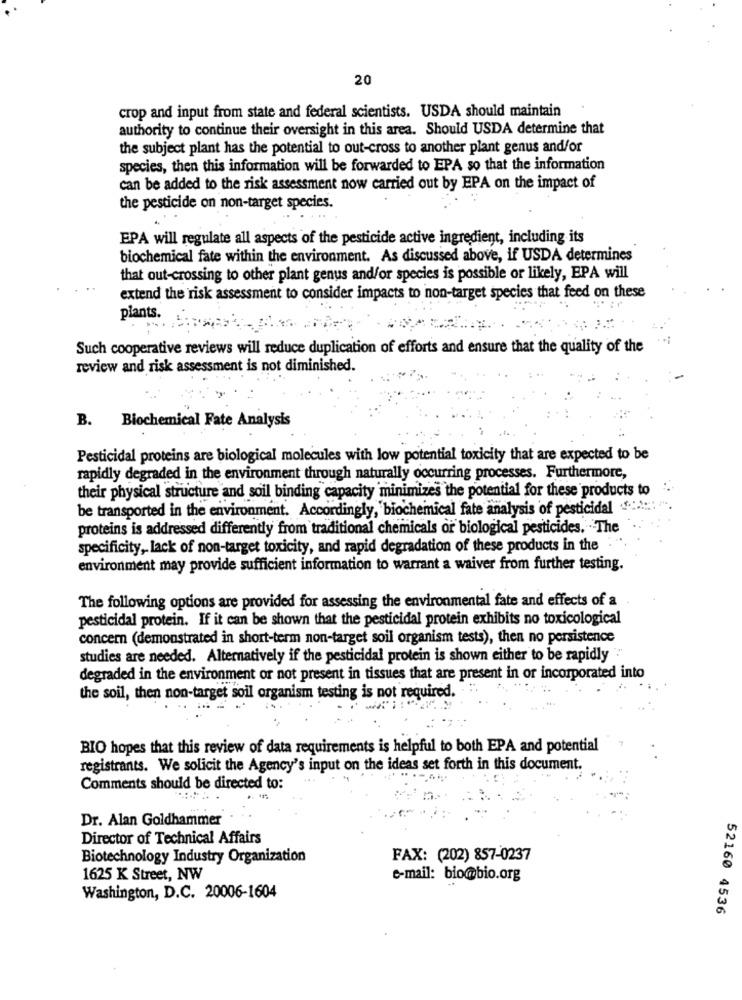
20
crop and input from state and federal scientists. USDA should maintain
authority to continue their oversight in this area. Should USDA determine that
the subject plant has the potential to out-cross to another plant genus and/or
species, then this information will be forwarded to EPA so that the information
can be added to the risk assessment now carried out by EPA on the impact of
the pesticide on non-target species.
EPA will regulate all aspects of the pesticide active ingredient, including its
biochemical fate within the environment. As discussed above, if USDA determines
that out-crossing to other plant genus and/or species is possible or likely, EPA will
extend the risk assessment to consider impacts to non-target species that feed on these
plants.
Such cooperative reviews will reduce duplication of efforts and ensure that the quality of the
review and risk assessment is not diminished.
B. Biochemical Fate Analysis
Pesticidal proteins are biological molecules with low potential toxicity that are expected to be
rapidly degraded in the environment through naturally occurring processes. Furthermore,
their physical structure and soil binding capacity minimizes the potential for these products to
be transported in the environment. Accordingly, biochemical fate analysis of pesticidal ......::: "".
proteins is addressed differently from traditional chemicals or biological pesticides. The
specificity, lack of non-target toxicity, and rapid degradation of these products in the ."
environment may provide sufficient information to warrant a waiver from further testing.
The following options are provided for assessing the environmental fate and effects of a
pesticidal protein. If it can be shown that the pesticidal protein exhibits no toxicological
concern (demonstrated in short-term non-target soil organism tests), then no persistence
studies are needed. Alternatively if the pesticidal protein is shown either to be rapidly
degraded in the environment or not present in tissues that are present in or incorporated into
the soil, then non-target soil organism testing is not required.
BIO hopes that this review of data requirements is helpful to both EPA and potential
registrants. We solicit the Agency's input on the ideas set forth in this document.
Comments should be directed to:
Dr. Alan Goldhammer
Director of Technical Affairs
Biotechnology Industry Organization
FAX: (202) 857-0237
1625 K Street, NW
e-mail: bio@bio.org
Washington, D.C. 20006-1604
52160 4536